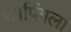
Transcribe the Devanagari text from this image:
थे।पिंगला